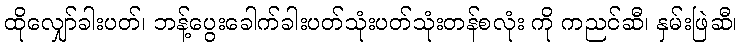
ထိုလျှော်ခါးပတ်၊ ဘန့်ပွေးခေါက်ခါးပတ်သုံးပတ်သုံးတန်စလုံး ကို ကညင်ဆီ၊ နှမ်းဖြဲဆီ၊